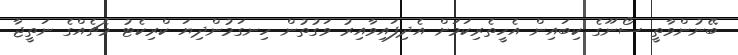
ބޭނުންވާތީ ސޯނޫގެ ކިބައިން އެހީތެރިކަމަށް އެދިފައިވާއިރު ވަގުތުން ހިނގަމުންދިޔަ ކްރިކެޓު މެޗެއްގެ ނަތީޖާ